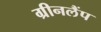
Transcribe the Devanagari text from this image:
ग्रीनलैंप